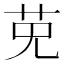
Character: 𱽔